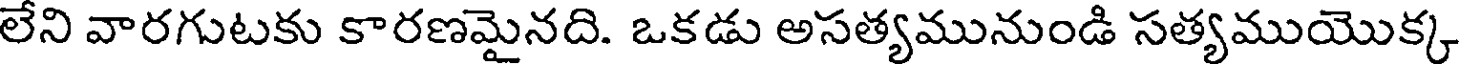
లేని వారగుటకు కారణమైనది. ఒకడు అసత్యమునుండి సత్యముయొక్క